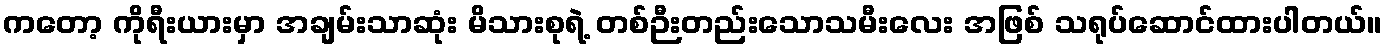
ကတော့ ကိုရီးယားမှာ အချမ်းသာဆုံး မိသားစုရဲ့ တစ်ဉီးတည်းသောသမီးလေး အဖြစ် သရုပ်ဆောင်ထားပါတယ်။